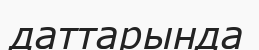
даттарында